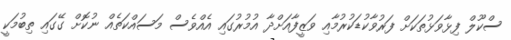
ސްކޫލް ފިޅާވަޅުތަކަށް ފަރުވާކުޑަކުރުމާއި ވަޒީފާއަށްދާ އުމުރުގައި އެއްވެސް މަސައްކަތެއް ނުކޮށް ގޭގައި ތިބުމަކީ